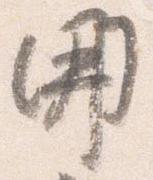
開